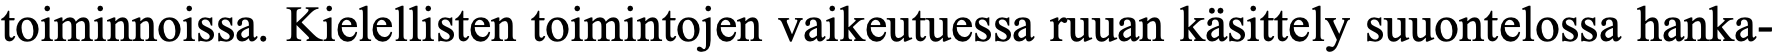
toiminnoissa. Kielellisten toimintojen vaikeutuessa ruuan käsittely suuontelossa hanka-